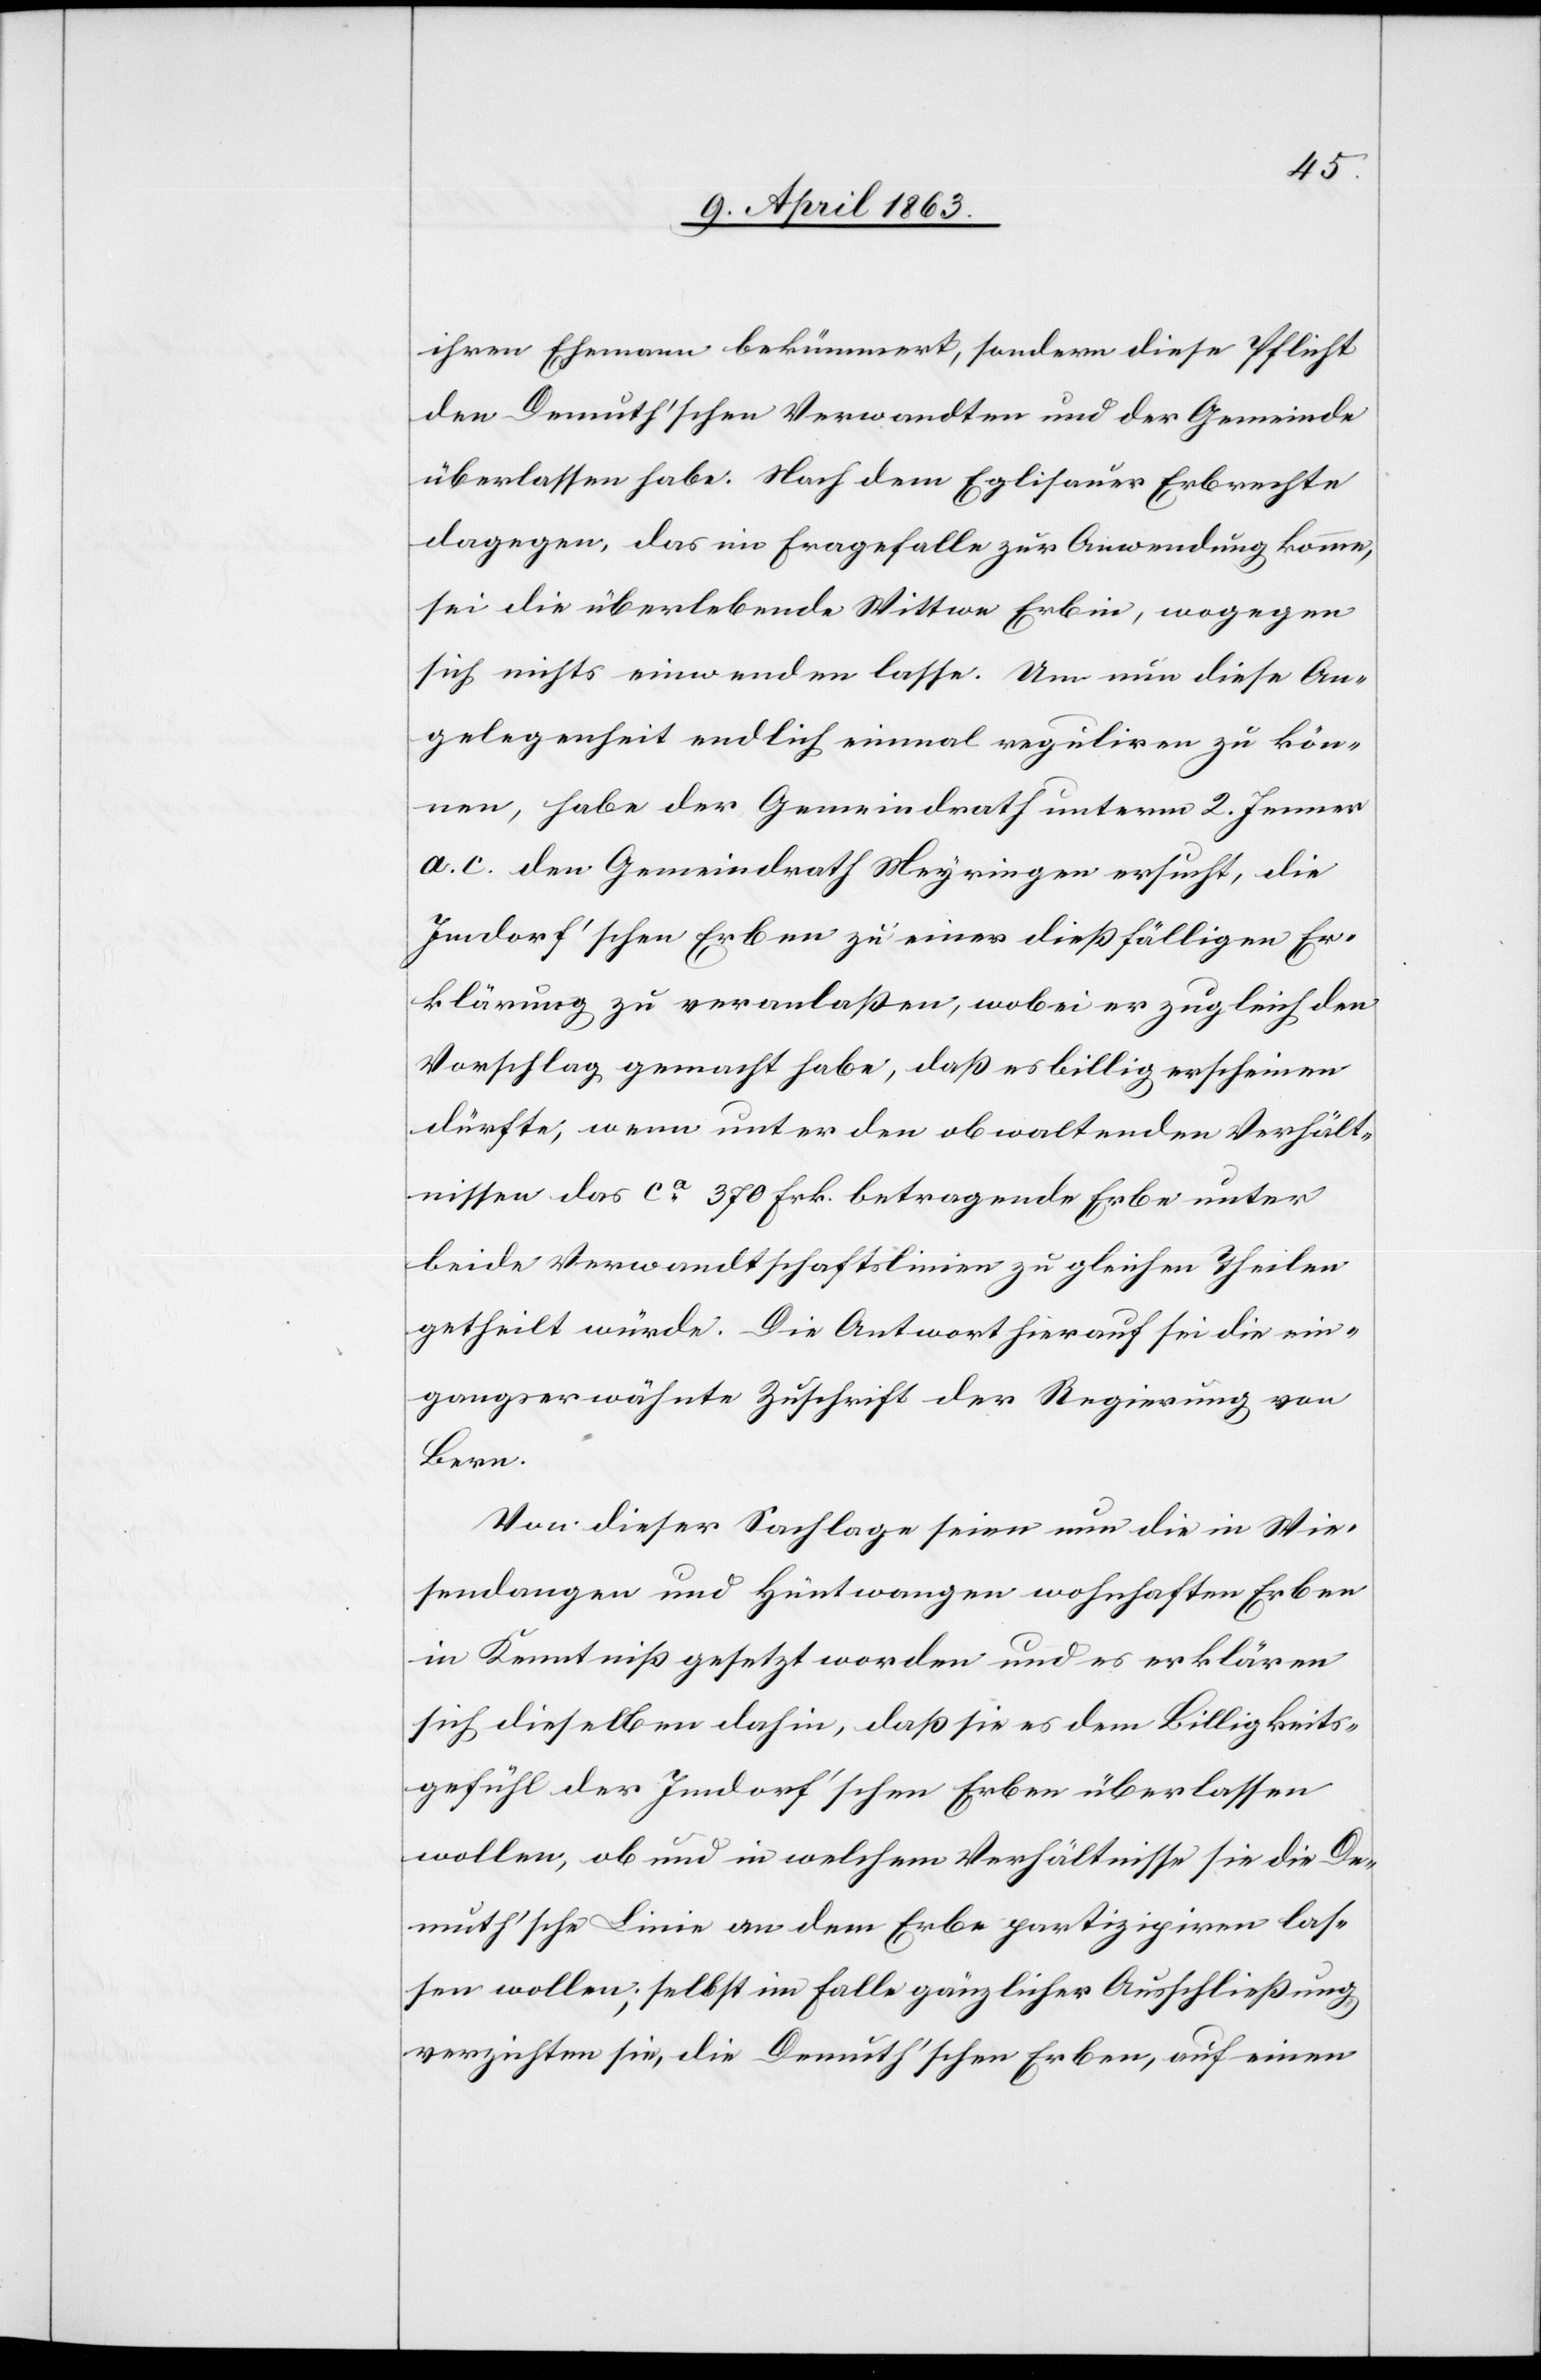
ihren Ehemann bekümmert, sondern diese Pflicht
den Demuth'schen Verwandten und der Gemeinde
überlassen habe. Nach dem Eglisauer Erbrechte
dagegen, das im Fragefalle zur Anwendung komme,
sei die überlebende Wittwe Erbin, wogegen
sich nichts einwenden lasse. Um nun diese An¬
gelegenheit endlich einmal reguliren zu kön¬
nen, habe der Gemeindrath unterm 2. Jenner
a. c. den Gemeindrath Meyringen ersucht, die
Imdorf'schen Erben zu einer dießfälligen Er¬
klärung zu veranlaßen, wobei er zugleich den
Vorschlag gemacht habe, daß es billig erscheinen
dürfte, wenn unter den obwaltenden Verhält¬
nissen das ca 370 Frk. betragende Erbe unter
beide Verwandtschaftslinien zu gleichen Theilen
getheilt würde. Die Antwort hierauf sei die ein¬
gangserwähnte Zuschrift der Regierung von
Bern.
Von dieser Sachlage seien nun die in Wie¬
sendangen und Hüntwangen wohnhaften Erben
in Kenntniß gesetzt worden und es erklären
sich dieselben dahin, daß sie es dem Billigkeits¬
gefühl der Imdorf'schen Erben überlassen
wollen, ob und in welchem Verhältnisse sie die De¬
muth'sche Linie an dem Erbe partizipiren las¬
sen wollen; selbst im Falle gänzlicher Ausschließung
verzichten sie, die Demuth'schen Erben, auf einen